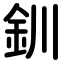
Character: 釧